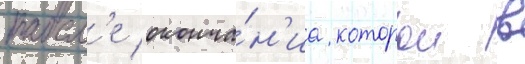
посл'е оконча́н'иа которои в